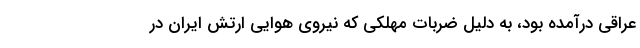
عراقي درآمده بود، به دليل ضربات مهلكي كه نيروي هوايي ارتش ايران در